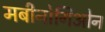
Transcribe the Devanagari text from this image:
मबीनोगिओन